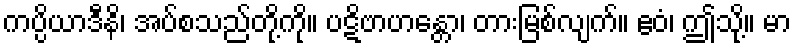
ကပ္ပိယာဒီနိ၊ အပ်စသည်တို့ကို။ ပဋိဗာဟန္တော၊ တားမြစ်လျက်။ ဧဝံ၊ ဤသို့။ မာ